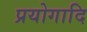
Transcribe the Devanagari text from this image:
प्रयोगादि